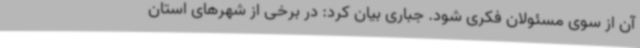
آن از سوی مسئولان فکری شود. جباری بیان کرد: در برخی از شهرهای استان